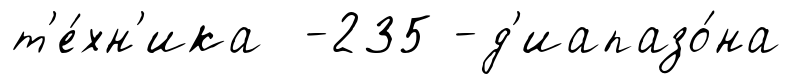
т'е́хн'ика -235 -д'иапазо́на